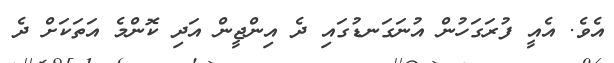
އެވެ. އެއީ ފުރަގަހުން އުނަގަނޑުގައި ދެ އިންޖީން އަދި ކޮންމެ އަތަކަށް ދެ